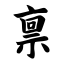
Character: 禀